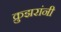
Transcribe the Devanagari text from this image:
क्रुझरांनी